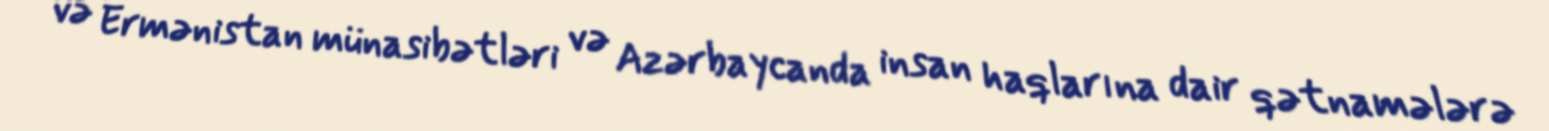
və Ermənistan münasibətləri və Azərbaycanda insan haqlarına dair qətnamələrə